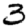
Digit: 3